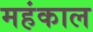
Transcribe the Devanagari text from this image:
महंकाल